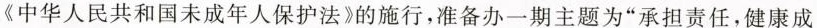
《中华人民共和国未成年人保护法》的施行，准备办一期主题为”承担责任，健康成